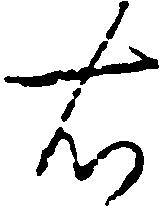
右